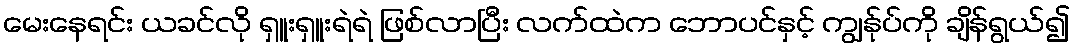
မေးနေရင်း ယခင်လို ရှူးရှူးရဲရဲ ဖြစ်လာပြီး လက်ထဲက ဘောပင်နှင့် ကျွန်ုပ်ကို ချိန်ရွယ်၍